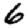
Digit: 6